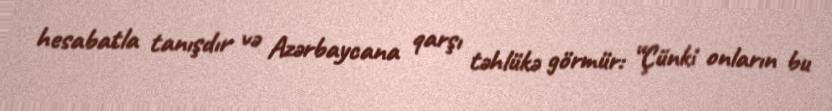
hesabatla tanışdır və Azərbaycana qarşı təhlükə görmür: “Çünki onların bu